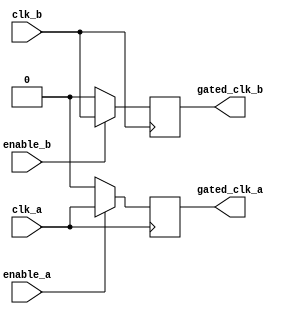
module clock_gating (
    input wire clk_a,              // Clock for Domain A
    input wire clk_b,              // Clock for Domain B
    input wire enable_a,           // Enable signal for Domain A
    input wire enable_b,           // Enable signal for Domain B
    output reg gated_clk_a,        // Gated clock output for Domain A
    output reg gated_clk_b         // Gated clock output for Domain B
);

    // Clock Gating Logic
    always @(posedge clk_a) begin
        gated_clk_a <= enable_a ? clk_a : 1'b0;
    end

    always @(posedge clk_b) begin
        gated_clk_b <= enable_b ? clk_b : 1'b0;
    end

endmodule